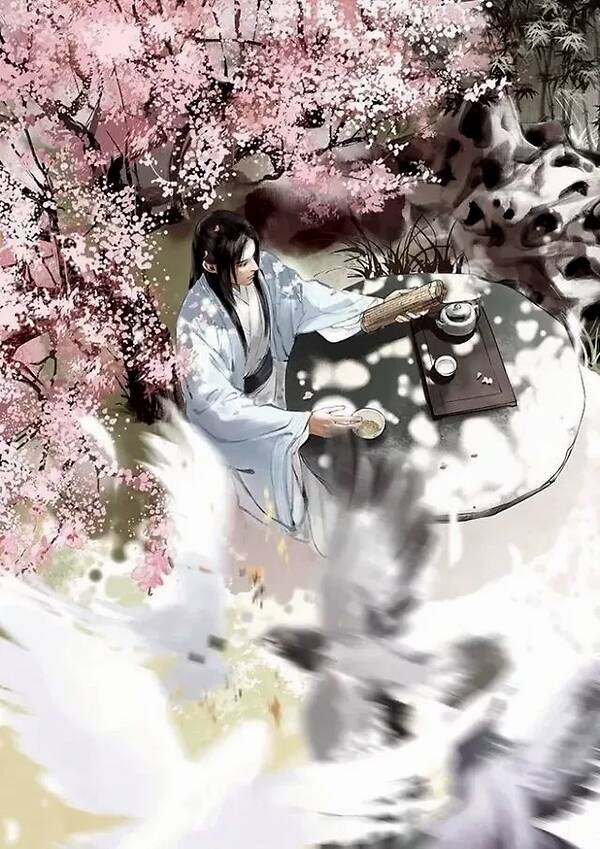
酌酒以自宽，举杯断绝歌路难。